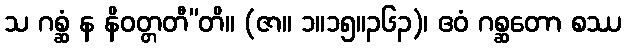
သ ဂစ္ဆံ န နိဝတ္တတီ”တိ။ (ဇာ။ ၁။၁၅။၃၆၃)၊ ဧဝံ ဂစ္ဆတော စဿ